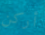
أركن